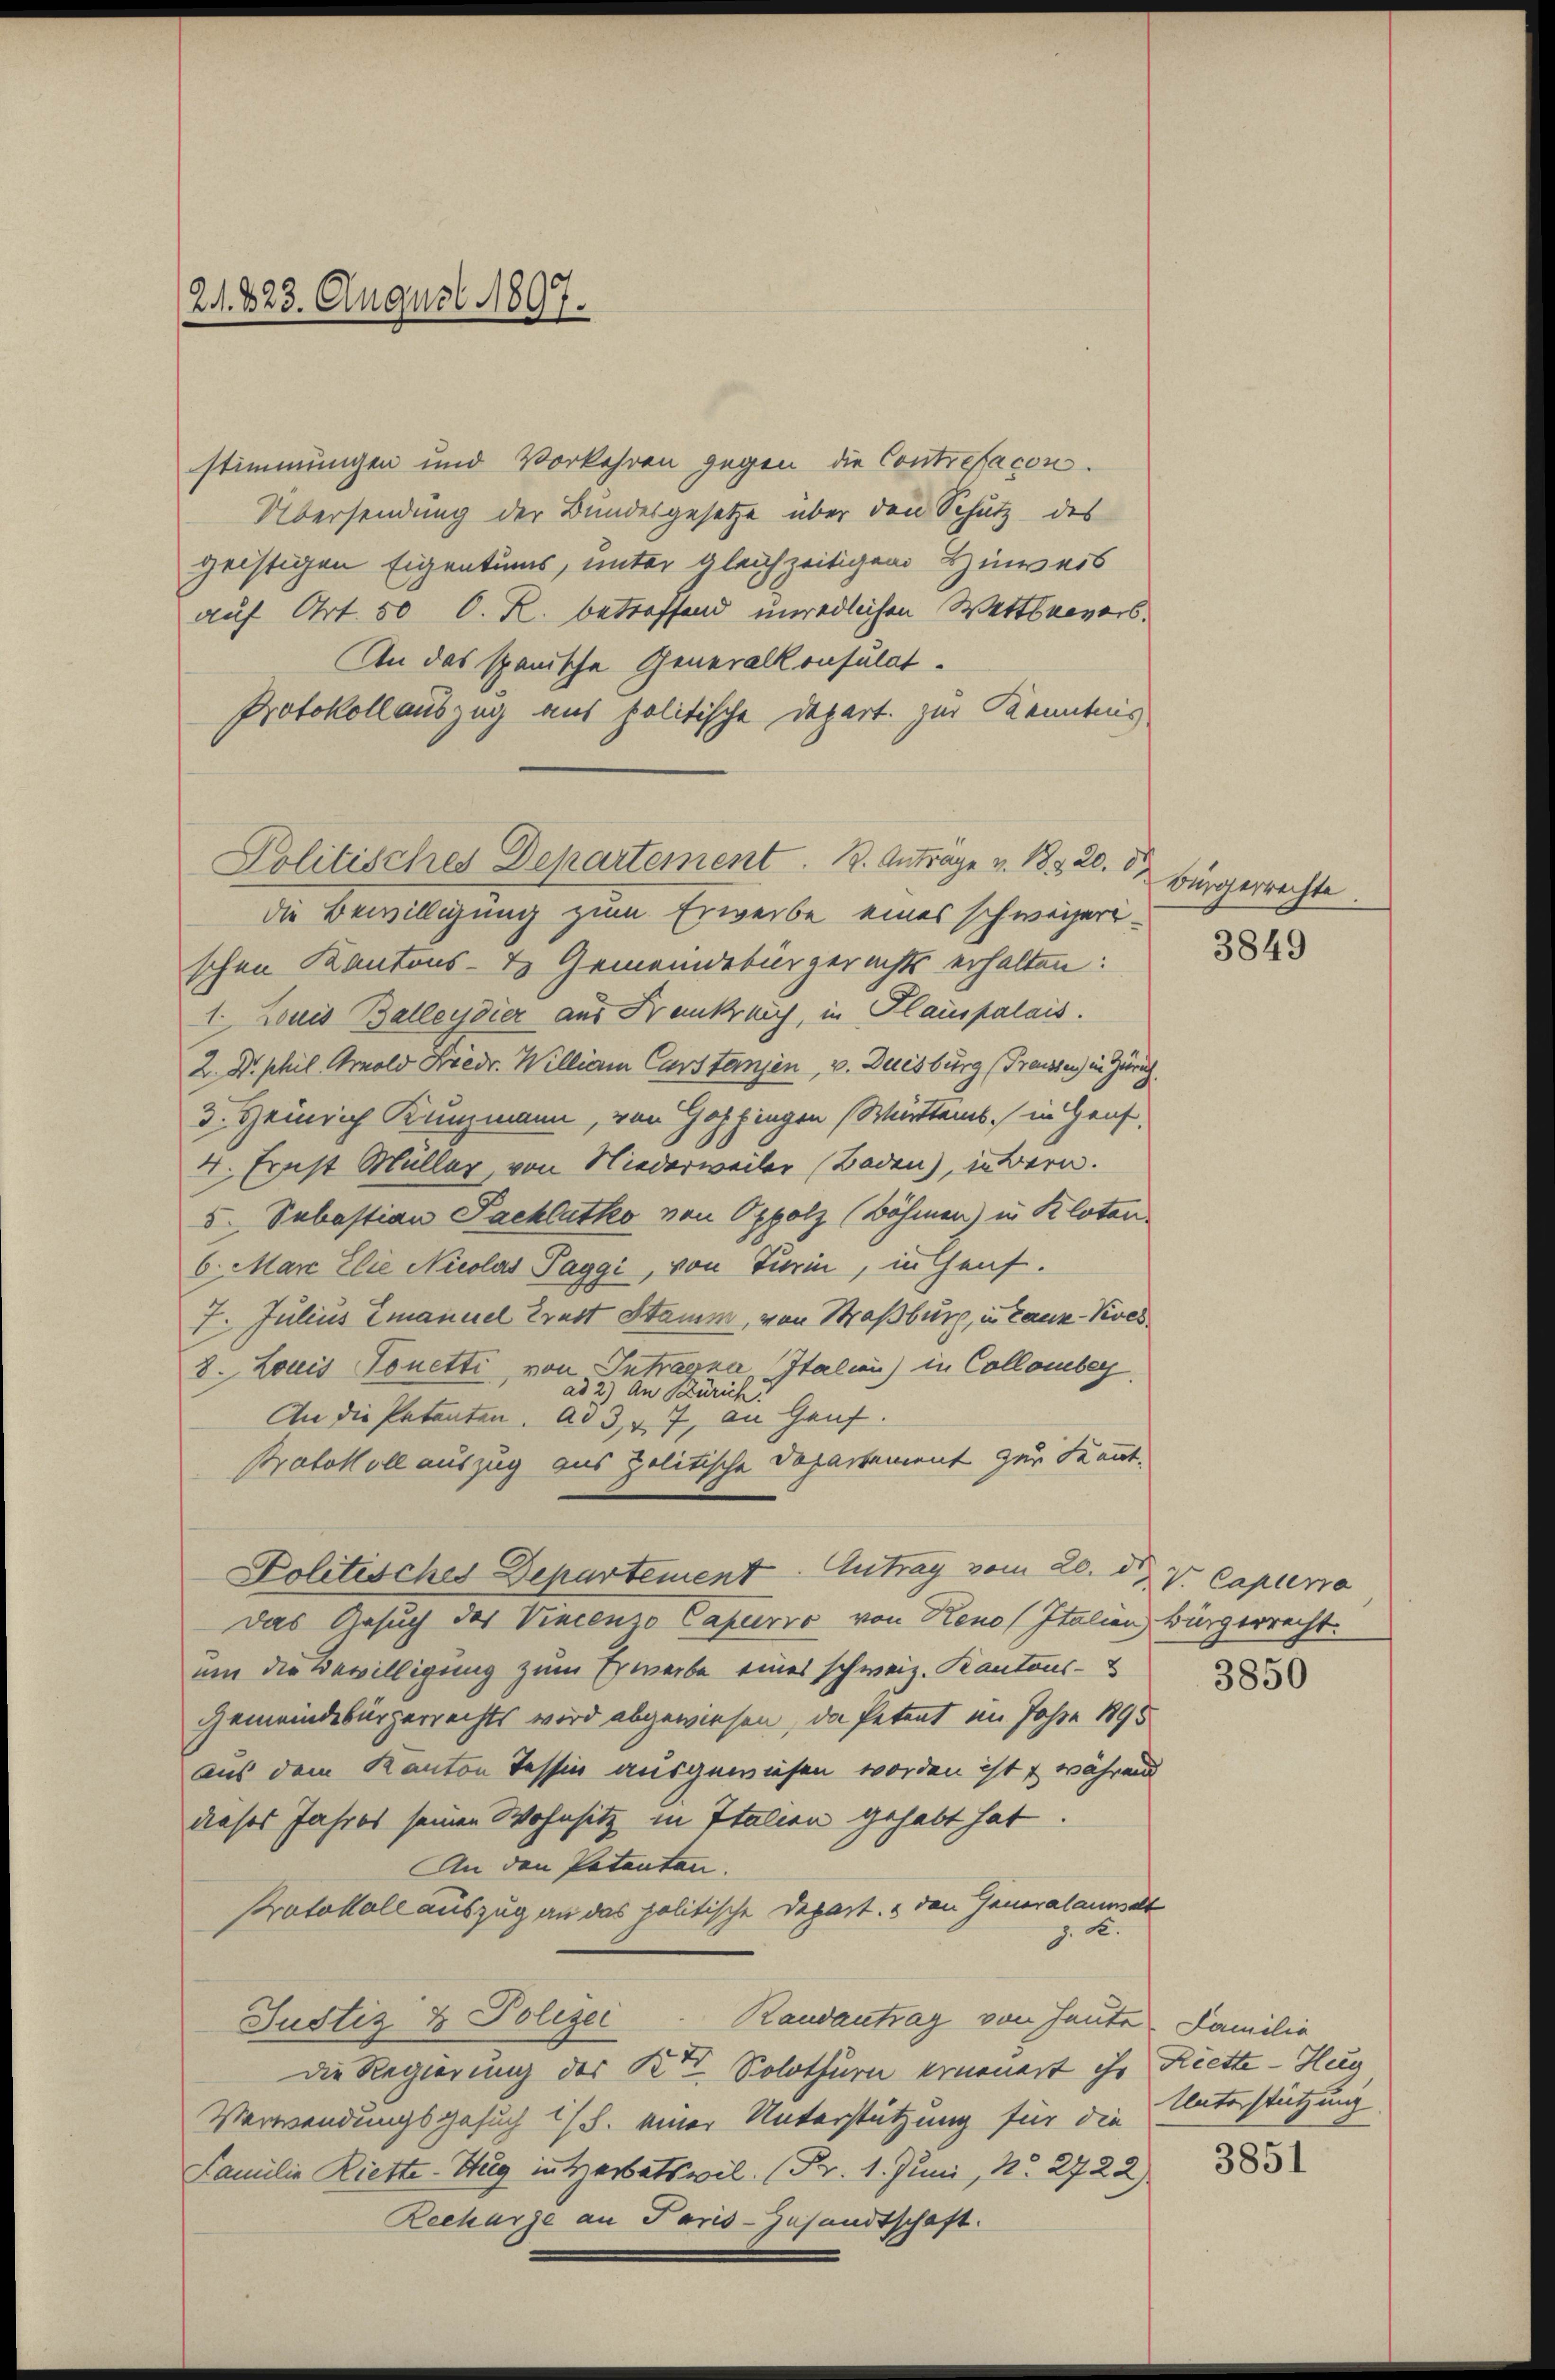
stimmungen und Vorkehren gegen die Contrefacon.
Übersendung der Bundesgesetze über den Schutz des
geistigen Eigentums, unter gleichzeitigen Hinweis
auf Art. 50 O. R. betreffend unredlichen Wettsrevers¬
An das spanische Generalkonsulat.
Protokollauszug aus politische Depart. zur Kenntnis
die Bewilligung zum Erwerbe eines schweizerischen Kantons- & Gemeindebürgerechts erhalten:
1. Louis Ballendier aus Frankreich, in Hauspalais.
2. Dr. phil. Arnold Friedr. William Carstanzen, v. Duisburg (Trausse in Zürich.
d. Heinrich Kunzmann, von Göppingen Württems in Genf,
4. Ernst Müller, von Niederweiler Baden), in Bern.
5. Sebastian Packlatko von Oppolz (Böhmen) in Kloten
6. Marc Elie Nicolas Paggi, von Turin, in Genf.
7. Julius Emanuel Tratt Stamm, von Straßburg, in Tanz-Kives
8. Louis Tonetti, von Intragna, Italien) in Collomber
ad 2.) An Zürich
An die Patenten. ad 3, 47, an Hauf.
Protokoll auszug aus politische Departement zur Kennt.
Politisches Departement. Antrag vom 20. d. v. Capierre
Das Gesuch des Vincenzo Capurio von Reno (Italien, Bürgerrecht.
um die Bewilligung zum Erwerbe eines schweiz. Kantons-
Gemeindebürgerrechts wird abgewiesen, da Petent im Jahre 1895
aus dem Kanton Tessin ausgewiesen worden ist & während
dieses Jahres seinen Wohnsitz in Italien gehabt hat
An den Petenten.
Protokoll auszug an das politische Depart. 2 den Generalaumat
1
Justiz & Polizei
Randantrag von Heute. Familie
Die Regierung des Kt. Solothurn erneuert ihr Riette - Hug
Verwendungsgesuch 1/5. einer Unterstützung für die Unterstützung
Familie Riette-Stug interbatswil. (Fr. 1. Juni, No. 2722)
Recharge an Paris-Zusandtschaft.

21. 423. August 1897.

Politisches Departement. 12. Anträge v. 1820. d

Bürgerrechte

3849

3850

3851